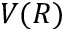
V ( R )